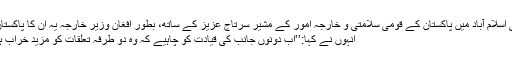
صلاح الدین ربانی اسلام آباد میں پاکستان کے قومی سلامتی و خارجہ امور کے مشیر سرتاج عزیز کے ساتھ، بطور افغان وزیر خارجہ یہ ان کا پاکستان کا پہلا دورہ تھا
انہوں نے کہا:’’اب دونوں جانب کی قیادت کو چاہیے کہ وہ دو طرفہ تعلقات کو مزید خراب ہونے سے بچائے۔